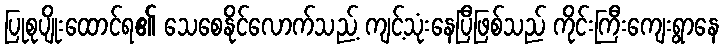
ပြုစုပျိုးထောင်ရ၏ သေစေနိုင်လောက်သည့် ကျင့်သုံးနေပြီဖြစ်သည် ကိုင်းကြီးကျေးရွာနေ